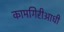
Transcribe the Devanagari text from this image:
कामगिरीआधी